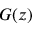
G ( z )